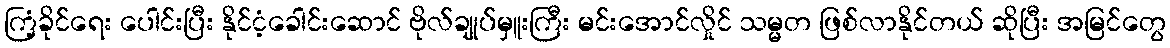
ကြံ့ခိုင်ရေး ပေါင်းပြီး နိုင်ငံ့ခေါင်းဆောင် ဗိုလ်ချုပ်မှူးကြီး မင်းအောင်လှိုင် သမ္မတ ဖြစ်လာနိုင်တယ် ဆိုပြီး အမြင်တွေ